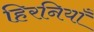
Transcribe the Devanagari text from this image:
हिरनियाँ